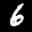
Label: 6